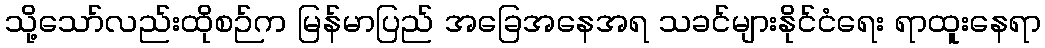
သို့သော်လည်းထိုစဉ်က မြန်မာပြည် အခြေအနေအရ သခင်များနိုင်ငံရေး ရာထူးနေရာ